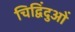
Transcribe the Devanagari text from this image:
चिद्विंदुओं